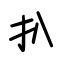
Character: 扒